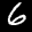
Label: 6